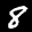
Label: 8